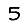
Digit: 5